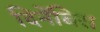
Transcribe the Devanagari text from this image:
दिनेंबिरा